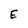
Character: E